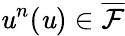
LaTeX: \mathit{u}^{n}(\mathfrak{{\mathit{u}}})\in\overline{{{\mathcal{{F}}}}}